Annual administration report of the Civil Veterinary Department of India - 1897-1898
Year: 1897
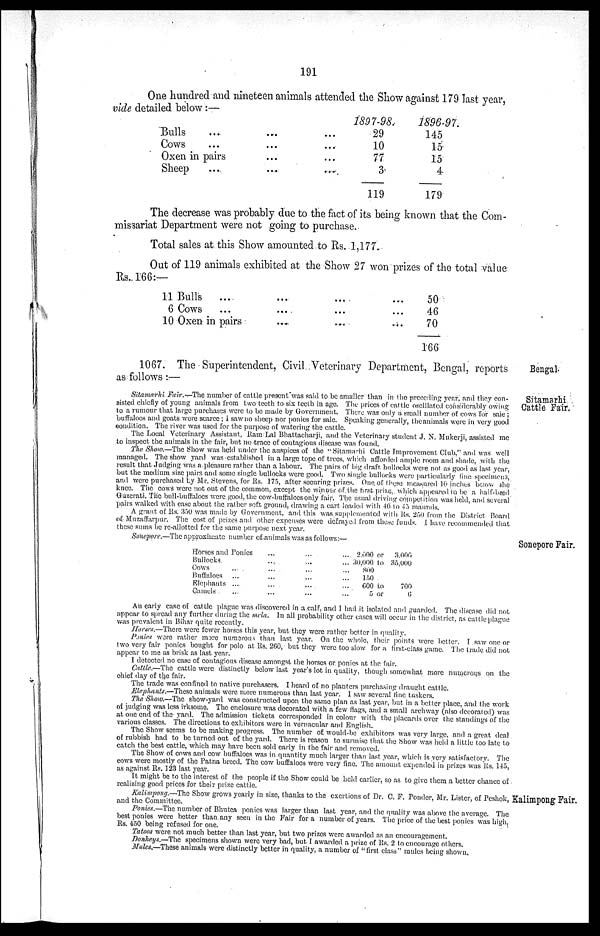
191
One hundred and nineteen animals attended the Show against 179 last year,
vide detailed below:—
Bulls ... ...
Cows ... ...
Oxen in pairs ... ...
Sheep ... ...
1897-98.
29
10
77
3
119
1896-97.
145
15
15
4
179
The decrease was probably due to the fact of its being known that the Com-
missariat Department were not going to purchase.
Total sales at this Show amounted to Rs. 1,177.
Out of 119 animals exhibited at the Show 27 won prizes of the total value
Rs. 166:—
11 Bulls ... ... ... ...
6 Cows
...
...
... ...
10 Oxen in pairs ... ... ...
50
46
70
166
Bengal.
1067. The Superintendent, Civil Veterinary Department, Bengal, reports
as follows:—
Sitamarhi
Cattle Fair.
Sitamarhi Fair.—The number of cattle present was said to be smaller than in the preceding year, and they con-
sisted chiefly of young animals from two teeth to six teeth in age. The prices of cattle oscillated considerably owing
to a rumour that large purchases were to be made by Government. There was only a small number of cows for sale;
buffaloes and goats were scarce; I saw no sheep nor ponies for sale. Speaking generally, the animals were in very good
condition. The river was used for the purpose of watering the cattle.
The Local Veterinary Assistant, Ram Lal Bhattacharji, and the Veterinary student J. N. Mukerji, assisted me
to inspect the animals in the fair, but no trace of contagious disease was found.
The Show.—The Show was held under the anspices of the ''Sitamarhi Cattle Improvement Club," and was well
managed. The show yard was established in a large tope of trees, which afforded ample room and shade, with the
result that Judging was a pleasure rather than a labour. The pairs of big draft bullocks were not as good as last year,
but the medium size pairs and some single bullocks were good. Two single bullocks were particularly fine specimens,
and were purchased by Mr. Stevens, for Rs. 175, after securing prizes. One of these measured 10 inches below the
knee. The cows were not out of the common, except the winner of the first prize, which appeared to be a half-bred
Guzerati. The bull-buffaloes were good, the cow-buffaloes only fair. The usual driving competition was held, and several
pairs walked with ease about the rather soft ground, drawing a cart loaded with 40 to 45 maunds.
A grant of Rs. 350 was made by Government, and this was supplemented with Rs. 250 from the District Board
of Muzaffarpur. The cost of prizes and other expenses were defrayed from these funds. I have recommended that
these sums be re-allotted for the same purpose next year.
Sonepore.—The approximate number of animals was as follows:—
Sonepore Fair.
Horses and Ponies ... ...
Bullocks.
...
...
Cows ... ... ...
Buffaloes ... ... ...
Elephants
...
... ...
Camels ... ... ...
2.000 or
30,000 to
800
150
600 to
5 or
3,000
35,000
700
6
An early case of cattle plague was discovered in a calf, and I had it isolated and guarded. The disease did not
appear to spread any further during the mela. In all probability other cases will occur in the district, as cattle plague
was prevalent in Bihar quite recently.
Horses.—There were fewer horses this year, but they were rather better in quality.
Ponies were rather more numerous than last year. On the whole, their points were better. I saw one or
two very fair ponies bought for polo at Rs. 260, but they were too slow for a first-class game. The trade did not
appear to me as brisk as last year.
I detected no case of contagious disease amongst the horses or. ponies at the fair.
Cattle.—The cattle were distinctly below last year's lot in quality, though somewhat more numerous on the
chief day of the fair.
The trade was confined to native purchasers. I heard of no planters purchasing draught cattle.
Elephants.—These animals were more numerous than last year. I saw several fine tuskers.
The Show.—The show-yard was constructed upon the same plan as last year, but in a better place, and the work
of judging was less irksome. The enclosure was decorated with a few flags, and a small archway (also decorated) was
at one end of the yard. The admission tickets corresponded in colour with the placards over the standings of the
various classes. The directions to exhibitors were in vernacular and English.
The Show seems to be making progress. The number of would-be exhibitors was very large, and a great deal
of rubbish had to be turned out of the yard. There is reason to surmise that the Show was held a little too late to
catch the best cattle, which may have been sold early in the fair and removed.
The Show of cows and cow buffaloes was in quantity much larger than last year, which is very satisfactory. The
cows were mostly of the Patna breed. The cow buffaloes were very fine. The amount expended in prizes was Rs. 145,
as against Rs. 123 last year.
It might be to the interest of the people if the Show could be held earlier, so as to give them a better chance of
realizing good prices for their prize cattle.
Kalimpong Fair.
Kalimpong.—The Show grows yearly in size, thanks to the exertions of Dr. C. F. Ponder, Mr. Lister, of Peshok,
and the Committee.
Ponies.—The number of Bhutca ponies was larger than last year, and the quality was above the average. The
best ponies were better than any seen in the Fair for a number of years. The price of the best ponies was high,
Rs. 450 being refused for one.
Tatoos were not much better than last year, but two prizes were awarded as an encouragement.
Donkeys.—The specimens shown were very bad, but I awarded a prize of Rs. 2 to encourage others.
Mules.—These animals were distinctly better in quality, a number of "first class" mules being shown.